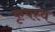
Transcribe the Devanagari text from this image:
कृषस्व